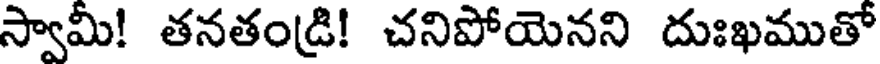
స్వామీ! తనతండ్రి! చనిపోయెనని దుఃఖముతో